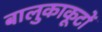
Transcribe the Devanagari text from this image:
बालुकाकूटों